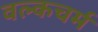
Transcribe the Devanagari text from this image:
वल्कचर्म